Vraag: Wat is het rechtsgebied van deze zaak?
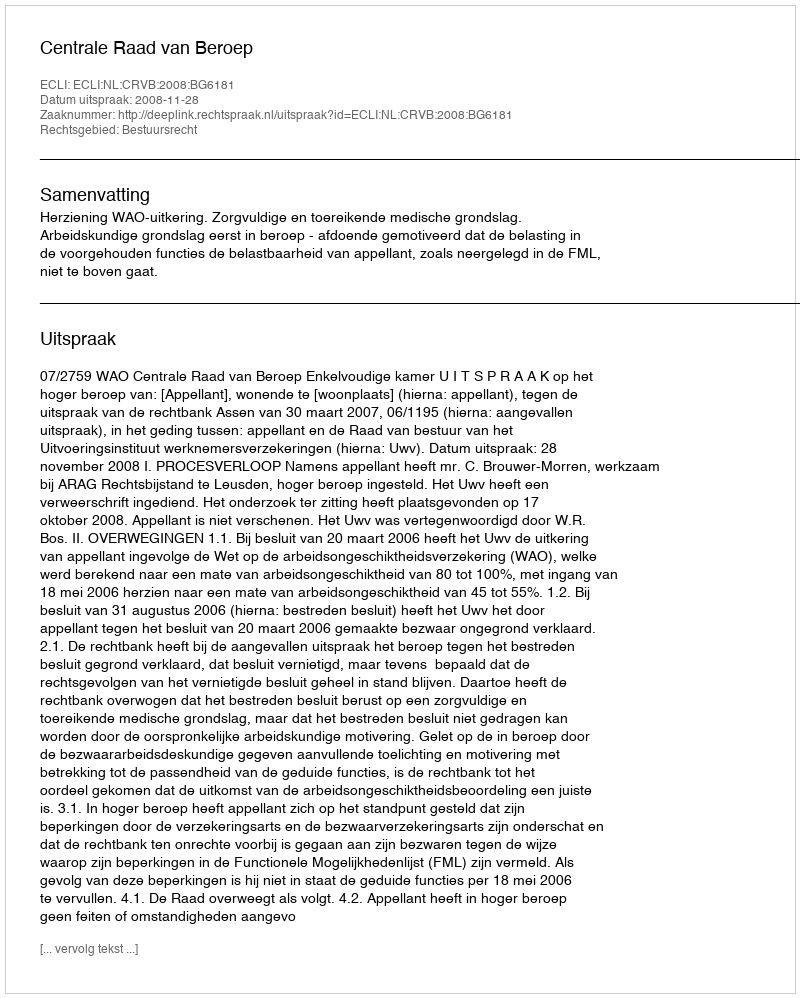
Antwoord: Bestuursrecht